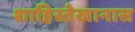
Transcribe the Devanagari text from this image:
शाहिस्तेखानास